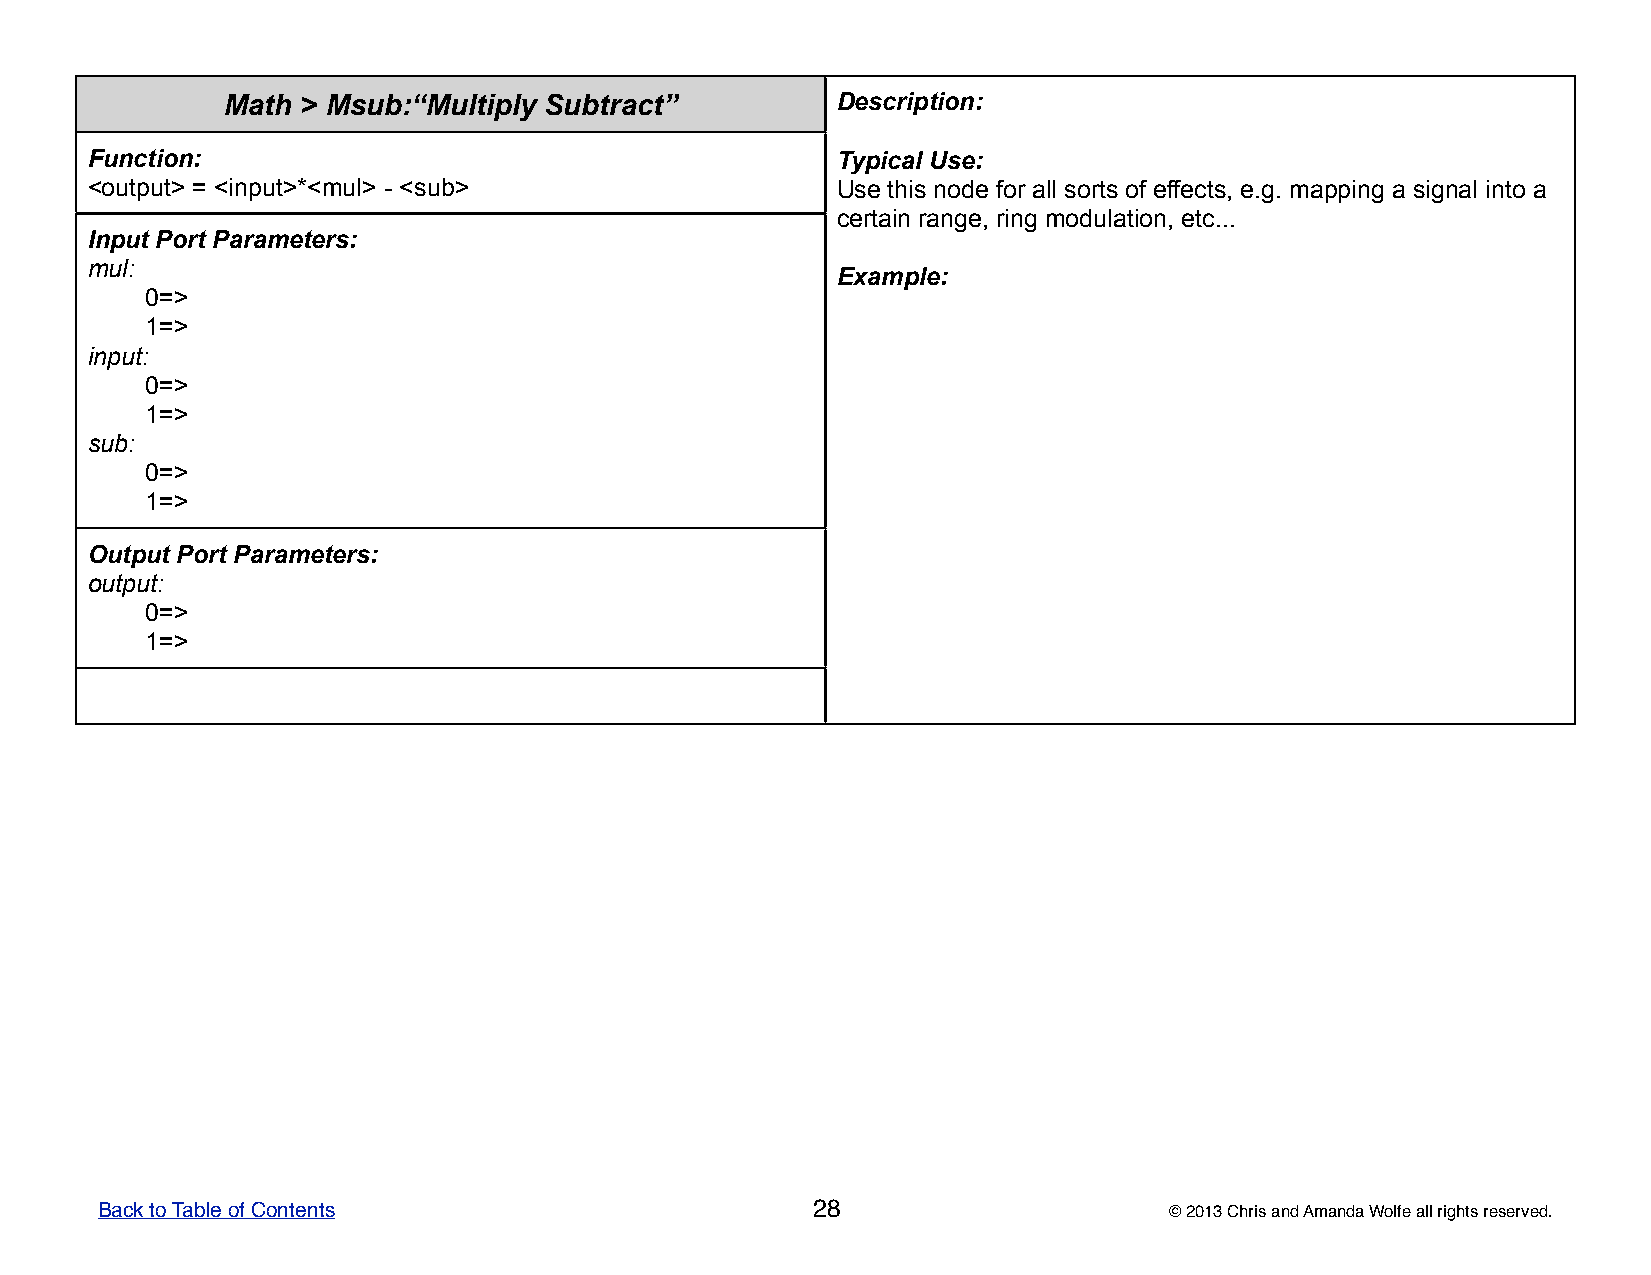
Math > Msub:“Multiply Subtract”         DDDDDeeeeessssscccccrrrrriiiiippppptttttiiiiiooooonnnnn:::::
 Function:                                        TTTTTyyyyypppppiiiiicccccaaaaalllll UUUUUssssseeeee:::::
 <output> = <input>*<mul> - <sub>                 UUUUUssssseeeee ttttthhhhhiiiiisssss nnnnnooooodddddeeeee fffffooooorrrrr aaaaallllllllll sssssooooorrrrrtttttsssss ooooofffff eeeeeffffffffffeeeeeccccctttttsssss,,,,, eeeee.....ggggg..... mmmmmaaaaappppppppppiiiiinnnnnggggg aaaaa sssssiiiiigggggnnnnnaaaaalllll iiiiinnnnntttttooooo aaaaa
 ccccceeeeerrrrrtttttaaaaaiiiiinnnnn rrrrraaaaannnnngggggeeeee,,,,, rrrrriiiiinnnnnggggg mmmmmoooooddddduuuuulllllaaaaatttttiiiiiooooonnnnn,,,,, eeeeetttttccccc...............
 Input Port Parameters:
 mul:
 EEEEExxxxxaaaaammmmmpppppllllleeeee:::::
 0=>
 1=>
 input:
 0=>
 1=>
 sub:
 0=>
 1=>
 Output Port Parameters:
 output:
 0=>
 1=>
 Back to Table of Contents                       28                     © 2013 Chris and Amanda Wolfe all rights reserved.